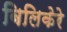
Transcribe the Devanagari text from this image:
बिलिकेरे